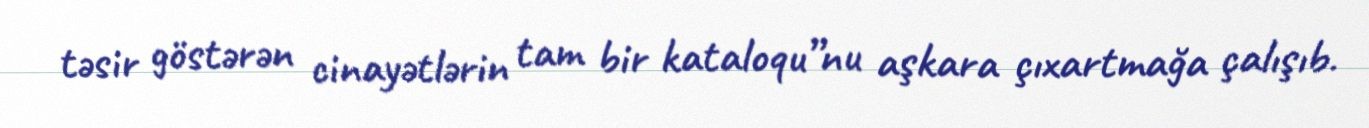
təsir göstərən cinayətlərin tam bir kataloqu”nu aşkara çıxartmağa çalışıb.